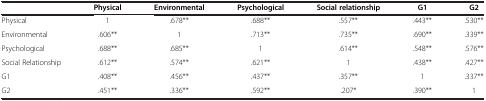
|  | Physical | Environmental | Psychological | Social relationship | G1 | G2 |
 | --- | --- | --- | --- | --- | --- | --- |
 | Physical | 1 | .678** | .688** | .557** | .443** | .530** |
 | Environmental | .606** | 1 | .713** | .735** | .690** | .339** |
 | Psychological | .688** | .685** | 1 | .614** | .548** | .576** |
 | Social Relationship | .612** | .574** | .621** | 1 | .438** | .427** |
 | G1 | .408** | .456** | .437** | .357** | 1 | .337** |
 | G2 | .451** | .336** | .592** | .207* | .390** | 1 |